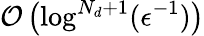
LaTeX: \mathcal{O}\left(\log^{N_{d}+1}(\epsilon^{-1})\right)